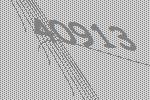
40913